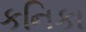
કનિકા